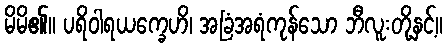
မိမိ၏။ ပရိဝါရယက္ခေဟိ၊ အခြံအရံကုန်သော ဘီလူးတို့နှင့်။